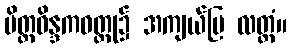
မိတ္တဝိန္ဒကဝတ္ထု၌ အကျယ်ပြ လတ္တံ။